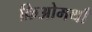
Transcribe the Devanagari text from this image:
क्रिओमथाँ